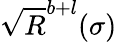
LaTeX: \sqrt{R}^{b+l}(\sigma)